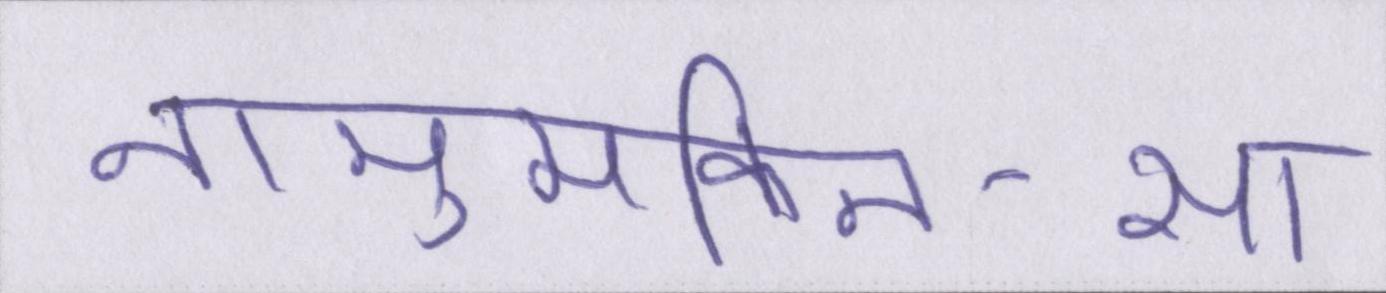
नामुमकिन-सा